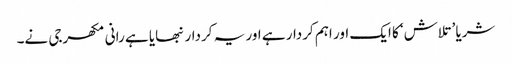
شریا ’تلاش‘ کا ایک اور اہم کردار ہے اور یہ کردار نبھایا ہے رانی مکھرجی نے۔